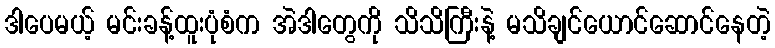
ဒါပေမယ့် မင်းခန့်ထူးပုံစံက အဲဒါတွေကို သိသိကြီးနဲ့ မသိချင်ယောင်ဆောင်နေတဲ့